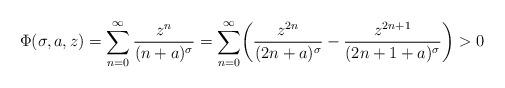
LaTeX: \begin{align*}\Phi (\sigma,a,z) = \sum_{n=0}^{\infty} \frac{z^n}{(n+a)^{\sigma}} = \sum_{n=0}^{\infty} \biggl( \frac{z^{2n}}{(2n+a)^{\sigma}} -\frac{z^{2n+1}}{(2n+1+a)^{\sigma}} \biggr) >0\end{align*}